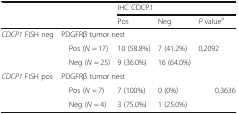
|  |  | <COLSPAN=3> IHC CDCP1 |
 |  |  | Pos | Neg | P valuea |
 | --- | --- | --- | --- | --- |
 | <ROWSPAN=3> CDCP1 FISH neg | <COLSPAN=4> PDGFRβ tumor nest |
 | Pos (N = 17) | 10 (58.8%) | 7 (41.2%) | 0,2092 |
 | Neg (N = 25) | 9 (36.0%) | 16 (64.0%) |  |
 | <ROWSPAN=3> CDCP1 FISH pos | <COLSPAN=4> PDGFRβ tumor nest |
 | Pos (N = 7) | 7 (100%) | 0 (0%) | 0.3636 |
 | Neg (N = 4) | 3 (75.0%) | 1 (25.0%) |  |